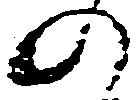
の